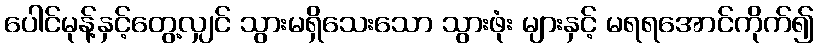
ပေါင်မုန့်နှင့်တွေ့လျှင် သွားမရှိသေးသော သွားဖုံး များနှင့် မရရအောင်ကိုက်၍